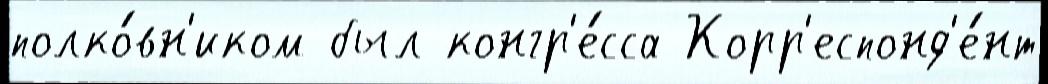
полко́вн'иком был конгр'е́сса Корр'еспонд'е́нт